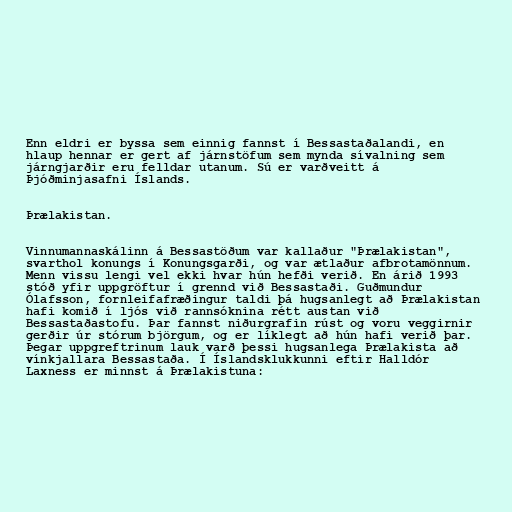
Enn eldri er byssa sem einnig fannst í Bessastaðalandi, en
hlaup hennar er gert af járnstöfum sem mynda sívalning sem
járngjarðir eru felldar utanum. Sú er varðveitt á
Þjóðminjasafni Íslands.

Þrælakistan.

Vinnumannaskálinn á Bessastöðum var kallaður "Þrælakistan",
svarthol konungs í Konungsgarði, og var ætlaður afbrotamönnum.
Menn vissu lengi vel ekki hvar hún hefði verið. En árið 1993
stóð yfir uppgröftur í grennd við Bessastaði. Guðmundur
Ólafsson, fornleifafræðingur taldi þá hugsanlegt að Þrælakistan
hafi komið í ljós við rannsóknina rétt austan við
Bessastaðastofu. Þar fannst niðurgrafin rúst og voru veggirnir
gerðir úr stórum björgum, og er líklegt að hún hafi verið þar.
Þegar uppgreftrinum lauk varð þessi hugsanlega Þrælakista að
vínkjallara Bessastaða. Í Íslandsklukkunni eftir Halldór
Laxness er minnst á Þrælakistuna: